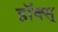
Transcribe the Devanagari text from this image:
हॉक्स्